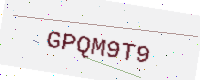
Text: GPQM9T9